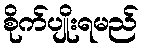
စိုက်ပျိုးရမည်